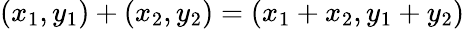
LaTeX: (x_{1},y_{1})+(x_{2},y_{2})=(x_{1}+x_{2},y_{1}+y_{2})